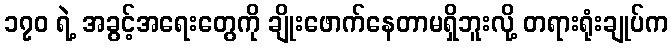
၁၇၀ ရဲ့ အခွင့်အရေးတွေကို ချိုးဖောက်နေတာမရှိဘူးလို့ တရားရုံးချုပ်က